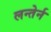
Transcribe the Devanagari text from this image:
लन्तेर्न